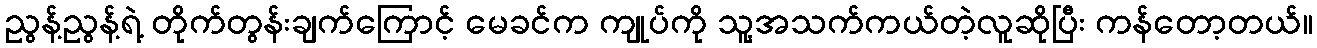
ညွန့်ညွန့်ရဲ့ တိုက်တွန်းချက်ကြောင့် မေခင်က ကျုပ်ကို သူ့အသက်ကယ်တဲ့လူဆိုပြီး ကန်တော့တယ်။